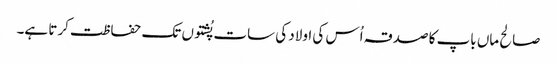
صالح ماں باپ کا صدقہ اُس کی اولاد کی سات پُشتوں تک حفاظت کرتا ہے۔